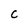
Character: C